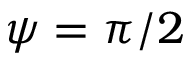
\psi = \pi / 2